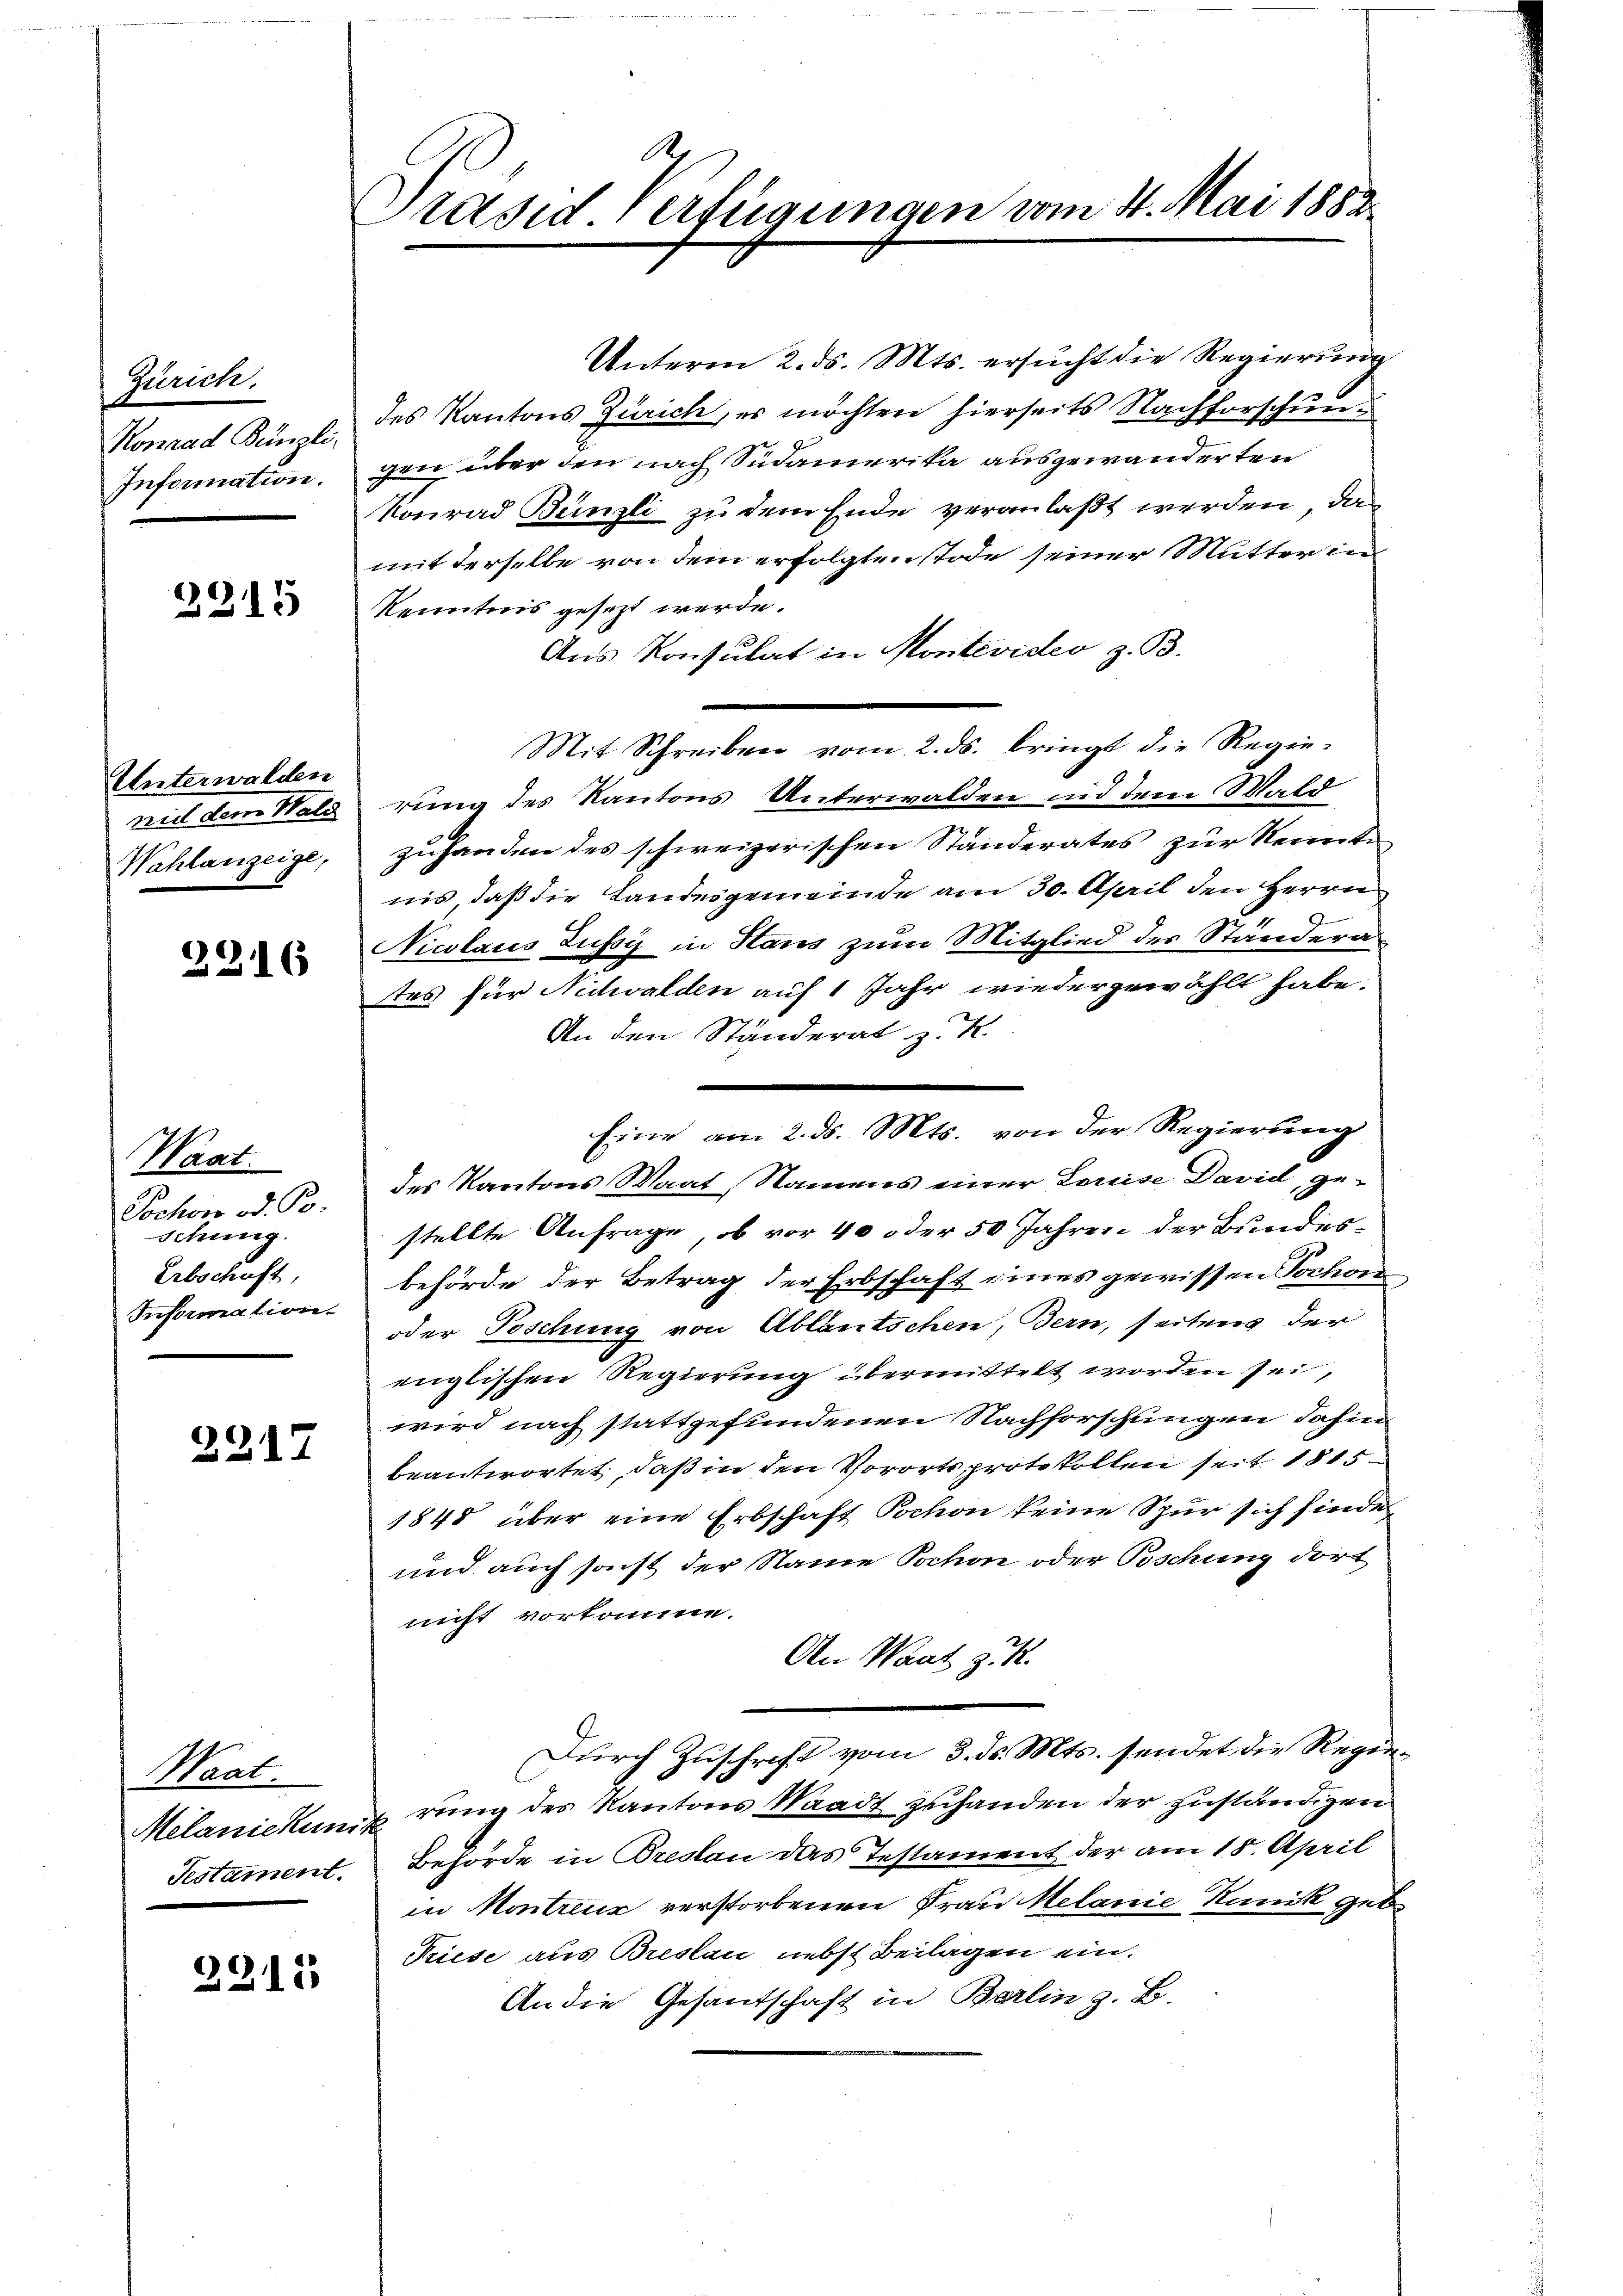
Zürich.
Konrad Bünzli-
Information.

2215

Unterwalden
weil dem Wald
Wahlanzeige,

2216

Waat.
Sochon od. B.
schung.
Erbschaft,
Information.

2217

Waat.
Testament.

2215

Präsid Verfügungen vom 4. Mai 1882

Eine am 2. ds. Mts. von der Regierung

Unterm 2. ds. Mts. ersucht die Regierung
des Kantons Zürich, es möchten hierseits Nachforschung
gen über den nach Südamerika ausgewanderten
Konrad Bünzli zu dem Ende veranlaßt werden, da
mit derselbe von dem erfolgten stode seiner Mutter in
Kenntnis gesezt werde.
Aus Konsulat in Montevideo z. B.
Mit Schreiben vom 2. ds. bringt die Regie-
rung des Kantons Unterwalden und dem Wald
zuhanden des schweizerischen Standerates zur Serente
nis, daß die Landesgemeinde am 30. April den Herrn
2
Nicolaus Zussy in Haus zum Mitglied des Ständera
tes für Nidwalden auf 1 Jahr wiedergewählt habe.
An den Ständerat z. K.
.
des Kantons Waat, Namens einer Louise David gestellte Anfrage, ob vor 40 oder 50 Jahren der Bundesbehörde der Betrag der Erbschaft eines gewissen Tochon
oder Poschung von Ablautschen, Bern, seitens der
englischen Regierung übermittelt worden sei,
wird nach stattgefundenen Nachforschungen dahin
beantwortet, daß in den Vorortsprotokollen seit 1815
1848 über eine Erbschaft Tochon keine Spur sich finde
und auch sonst der Name Tochon oder Poschung dort
nicht vorkomme.
An Waat z. R.
Durch Zuschrift vom 3. ds. Mts. sendet die Regie¬
Melaniekunirung des Kantons Waadt zuhanden der zuständigen
Behörde in Breslau das Testament der am 18. April
in Montreux verstorbenen Frau Melanie Kunik gebe
Priese aus Breslau, nebst Beilagen ein.
An die Gesandschaft in Berlin z. B.